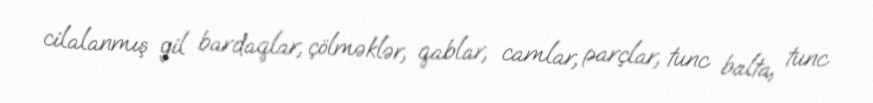
cilalanmış gil bardaqlar, çölməklər, qablar, camlar, parçlar, tunc balta, tunc